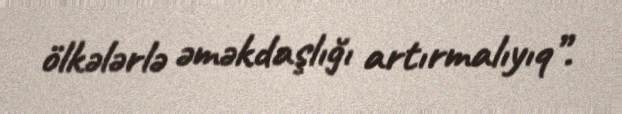
ölkələrlə əməkdaşlığı artırmalıyıq”.